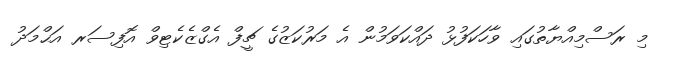
މި ރަސްމިއްޔާތުގައި ވާހަކަފުޅު ދައްކަވަމުން އެ މަރުކަޒުގެ ޗީފް އެގްޒެކެޓިވް އޮފިސަރ އަޙްމަދު